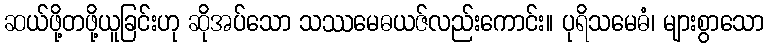
ဆယ်ဖို့တဖို့ယူခြင်းဟု ဆိုအပ်သော သဿမေဓယဇ်လည်းကောင်း။ ပုရိသမေဓံ၊ များစွာသော